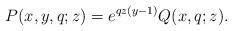
LaTeX: \begin{align*}P(x,y,q;z)=e^{qz(y-1)}Q(x,q;z).\end{align*}